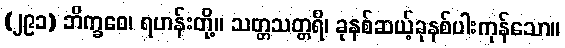
(၂၉၁) ဘိက္ခဝေ၊ ရဟန်းတို့။ သတ္တသတ္တရိ၊ ခုနစ်ဆယ့်ခုနစ်ပါးကုန်သော။